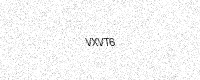
Text: VXVT6